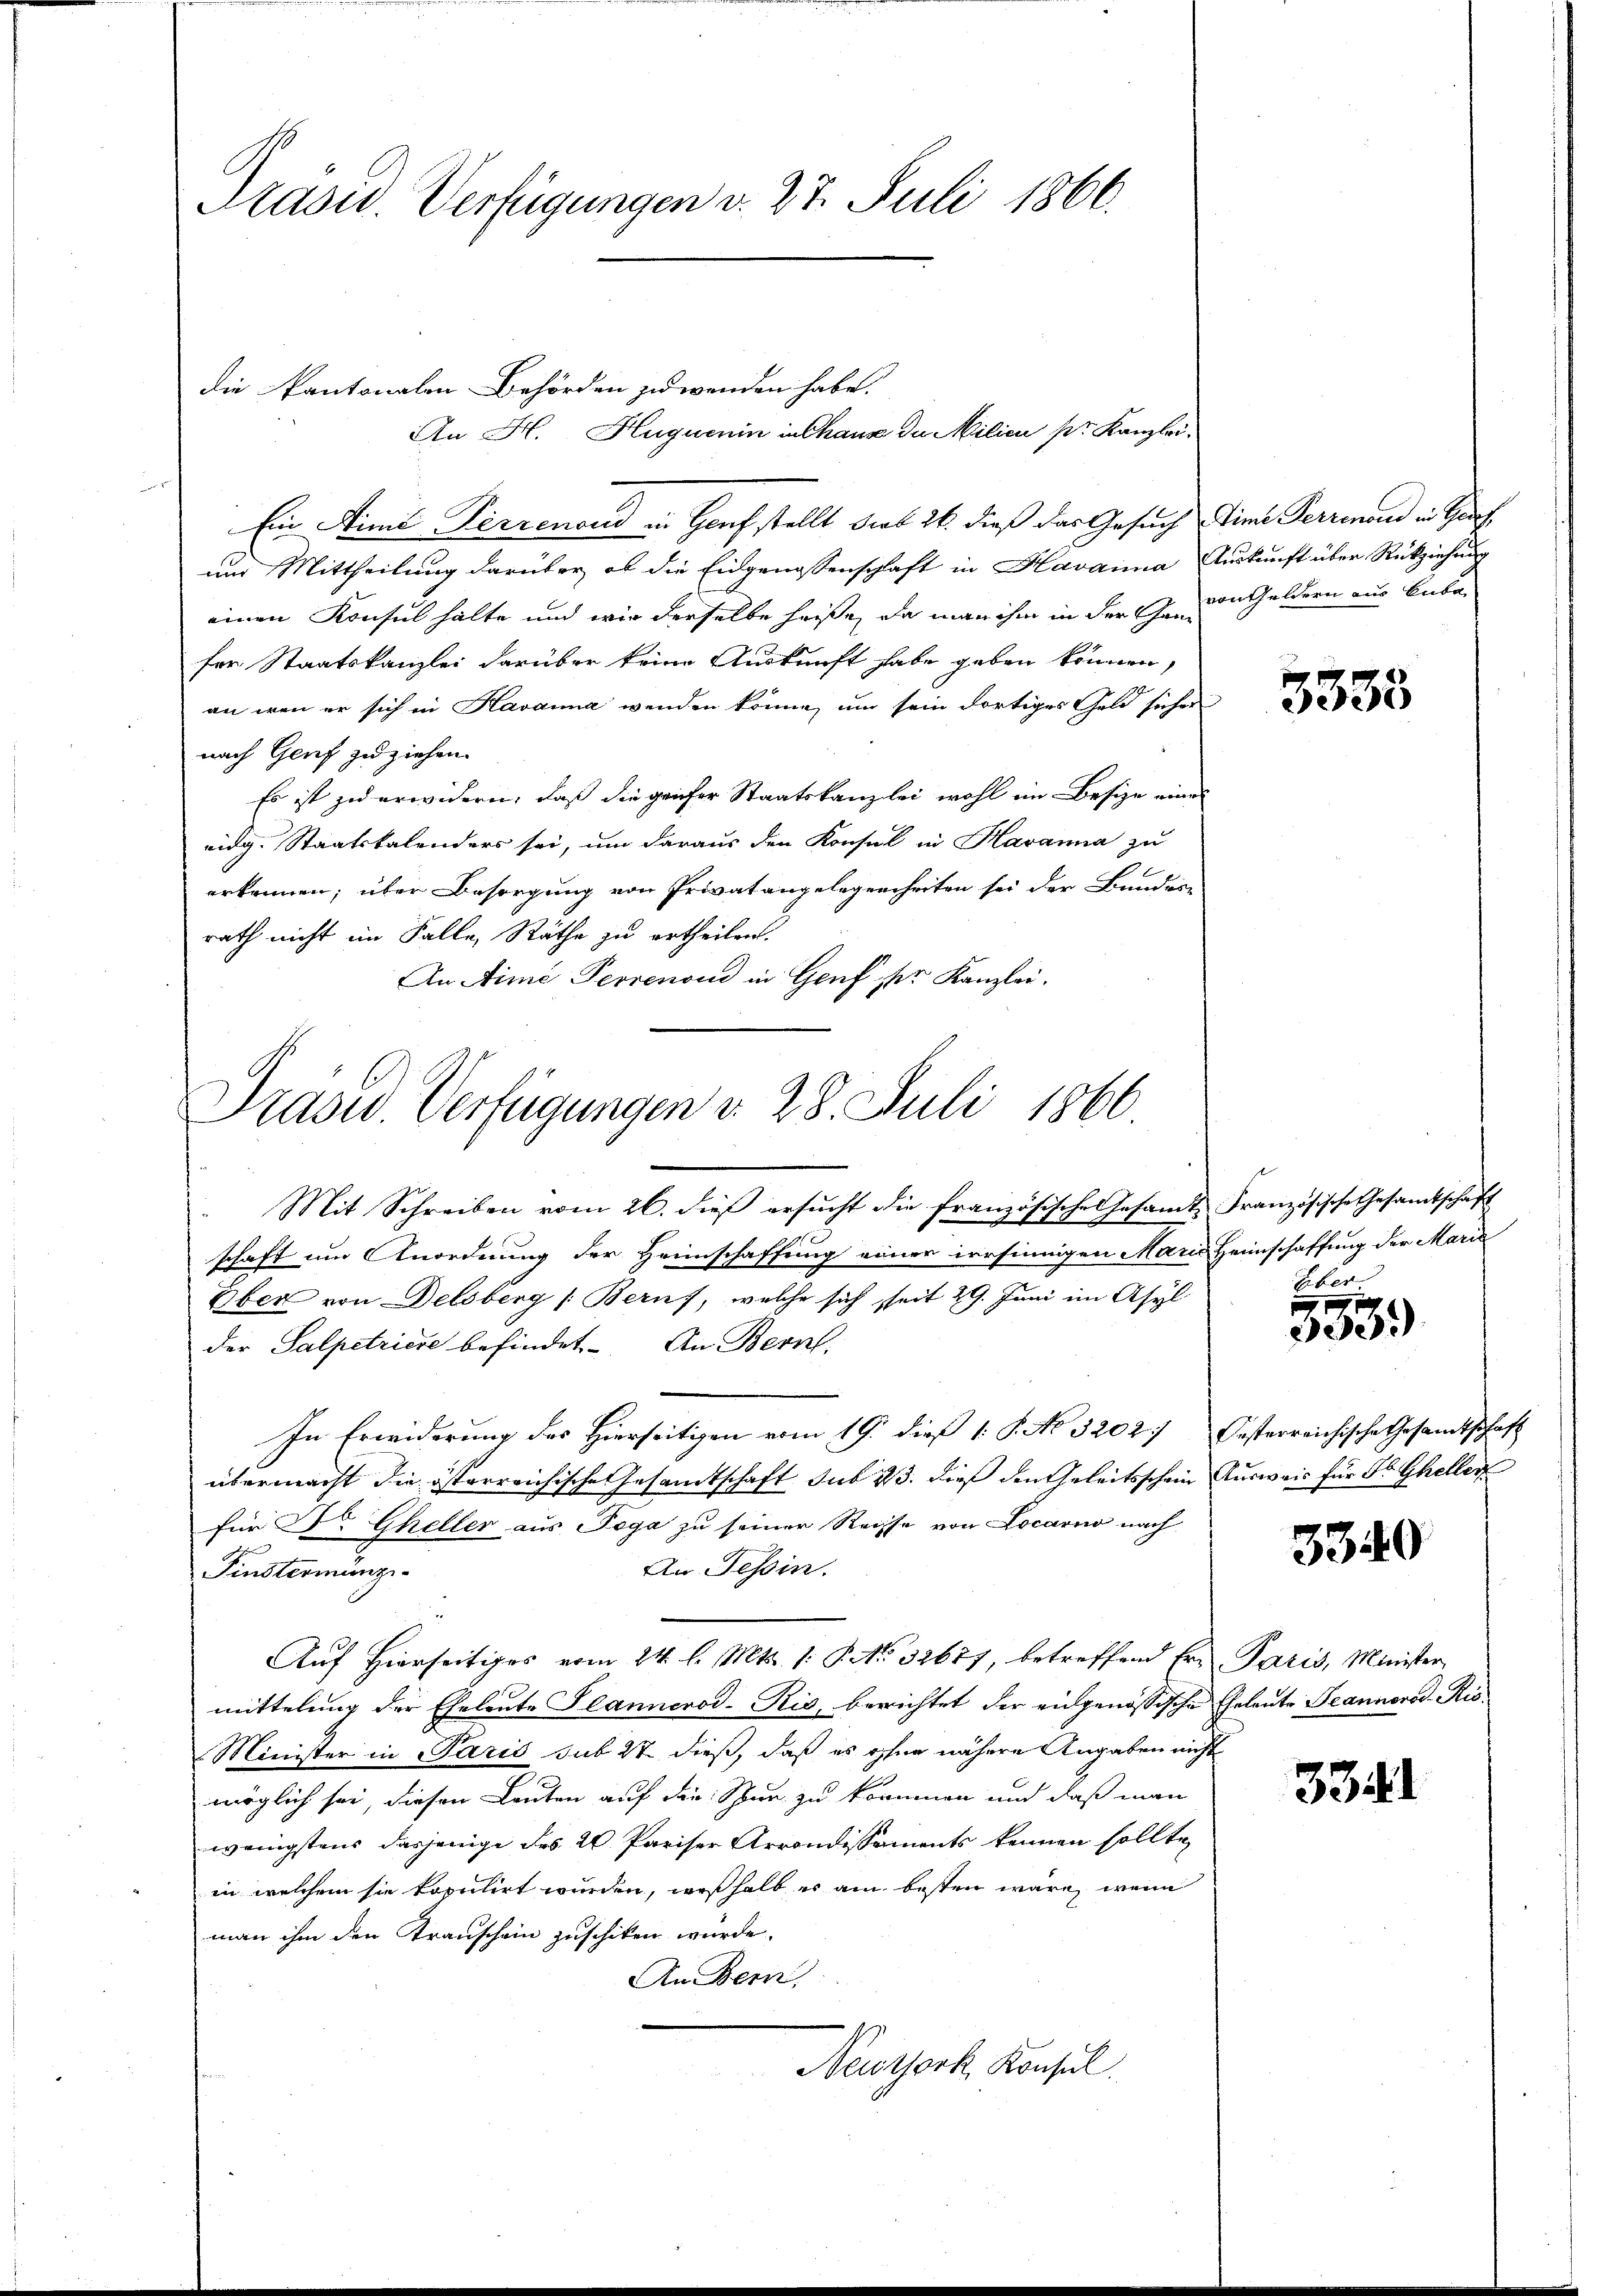
Prasus. Verfügungen v. 27. Juli 1866.

die Kantonalen Behörden zu wenden habe.

An H. Huguenin in Chaus de Milieu pr. Kanzlei-
Ein Simi Perrenoud in Genf stellt sieb 26. dieß das Gesuch Sime Ferrenoud in Graf
und Mittheilung darüber, ob die Eidgenossenschaft in Havaima Auskunft über Rückziehung
einen Konsul halte und wir derselbe heiße, da man ihm in der Gemde Geldern aus Bube
fer Staatskanzlei darüber keine Auskunft habe geben können,
an wenn er sich in Havanna wenden könne, um sein dortiges Geld sicher
nach Genf zu ziehen.
Es ist zu erwidern, daß die geifer Staatskanzlei wohl im Besize eines
eidg. Staatskalenders sei, um daraus den Konsul in Havanna zu
erkennen; über Besorgung von Privatangelegenheiten sei der Bundes-
rath nicht im Falle Räthe zu ertheilen.
An Aime Perrenoud in Genf der Kanzlei.
Mit Schreiben vom 26. dieβ ersŭcht die französische Gesamt Französische Gesamtschaft
schaft um Anordnung der Heimschaffung einer irrsinnigen Marie Heimschaffung der Marie
Über von Delsberg (Berns, welche sich seit 29. Juni im Asyl
der Salpetriere befindet. An Bern,
In Erwiderung des Hierseitigen vom 19. dieß 1 S. No 5202 Oesterreichische Gesandtschaft
übermacht die österreichische Gesandtschaft sub 23. dieß den Geleitsschein Ausweis für dr Gheller
für Dr Gheller aus Pega zu seiner Reisse von Locarno nach
An Tessin.
Finstermanzi
Auf Hierseitiges vom 24. l. Mts. 1. P. No. 32677, betreffend Ern Paris, Minister,
mittelung der Eheleute Plannerod-Ris, berichtet der eidgenössische Eheleute Jeannorod-Ris¬
Minister in Paris sub 27 dieß, daß es ohne nähere Angaben nicht
möglich sei, diesen Leuten auf die Spur zu kommen und daß man
wenigstens dasjenige des 20 Pariser Arrondissements kennen sollte,
in welchem sie kopulirt wurden, weßhalb es am besten wäre, wenn
man ihm den Transchein zuschiken wurde.
An Bem
Newyork, Konsul

Prasw. Verfügungen d. 28. Juli 1866

3335

Liber.

174
303

33449

3341